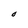
Character: O